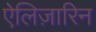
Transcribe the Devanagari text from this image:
ऐलिज़ारिन